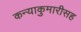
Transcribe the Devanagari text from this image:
कन्याकुमारीसह